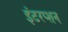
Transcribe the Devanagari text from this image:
इंटरप्शन